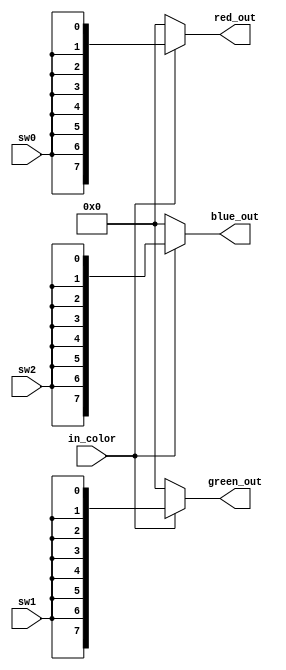
// control the final color output using FPGA switches

module color_converter_simple (
  input sw0, sw1, sw2,
  input in_color,
  output reg [7:0] red_out, green_out, blue_out
);

always @(*) 
begin
    if(in_color)
        begin
            red_out   <= {sw0, sw0, sw0, sw0, sw0, sw0, sw0, sw0};
            green_out <= {sw1, sw1, sw1, sw1, sw1, sw1, sw1, sw1};
            blue_out  <= {sw2, sw2, sw2, sw2, sw2, sw2, sw2, sw2};
        end
    else 
        begin
            red_out   <= 0;
            green_out <= 0;
            blue_out  <= 0;
        end
end

endmodule